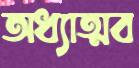
অধ্যাত্মব